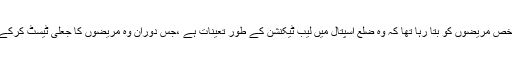
پولیس کے مطابق مذکورہ شخص مریضوں کو بتا رہا تھا کہ وہ ضلع اسپتال میں لیب ٹیکنشن کے طور تعینات ہے ،جس دوران وہ مریضوں کا جعلی ٹیسٹ کرکے موٹی رقم وصول کرتا تھا ۔